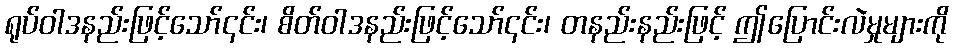
ရုပ်ဝါဒနည်းဖြင့်သော်၎င်း၊ စိတ်ဝါဒနည်းဖြင့်သော်၎င်း၊ တနည်းနည်းဖြင့် ဤပြောင်းလဲမှုများကို